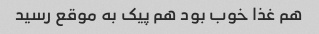
هم غذا خوب بود هم پیک به موقع رسید